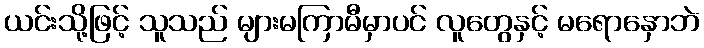
ယင်းသို့ဖြင့် သူသည် များမကြာမီမှာပင် လူတွေနှင့် မရောနှောဘဲ